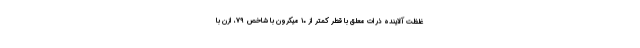
غلظت آلاینده ذرات معلق با قطر کمتر از ۱۰ میکرون با شاخص ۷۹، ازن با